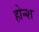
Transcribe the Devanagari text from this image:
होन्श